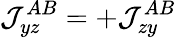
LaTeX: \mathcal{J}_{yz}^{AB}=+\mathcal{J}_{zy}^{AB}